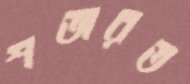
শঅরত